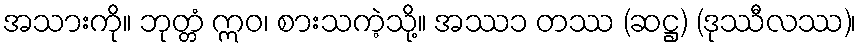
အသားကို။ ဘုတ္တံ ဣဝ၊ စားသကဲ့သို့။ အဿ၁ တဿ (ဆဋ္ဌ) (ဒုဿီလဿ)၊